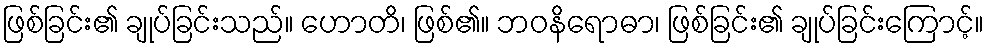
ဖြစ်ခြင်း၏ ချုပ်ခြင်းသည်။ ဟောတိ၊ ဖြစ်၏။ ဘဝနိရောဓာ၊ ဖြစ်ခြင်း၏ ချုပ်ခြင်းကြောင့်။